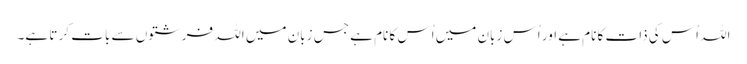
اللہ اُس کی ذات کا نام ہے اور اُس زبان میں اُس کا نام ہے جس زبان میں اللہ فرشتوں سے بات کر تا ہے۔